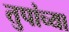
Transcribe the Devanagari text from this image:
तुपांच्या